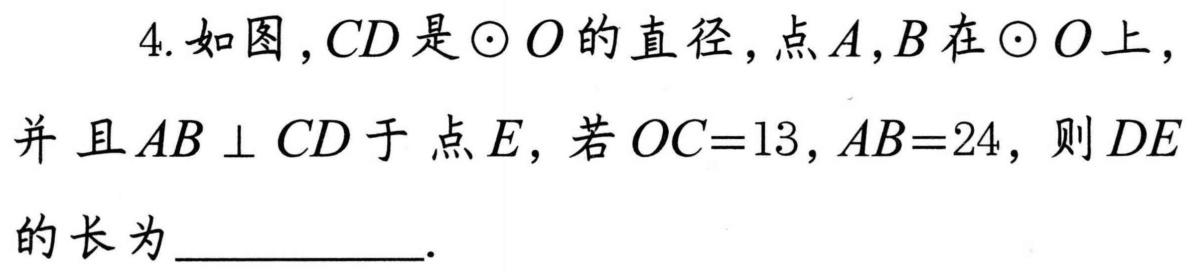
4. 如图，\(CD\)是\(\odot O\)的直径，点\(A,B\)在\(\odot O\)上，并且\(AB\perp CD\)于点\(E\)，若\(OC = 13\)，\(AB = 24\)，则\(DE\)的长为__________.